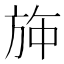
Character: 𱡳